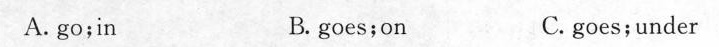
A.go;in B. goes;on C. goes;under